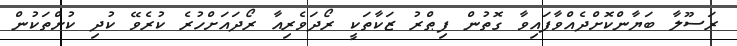
ރަސޫލާ ބަޔާންކޮށްދެއްވާފައިވާ ގޮތުން ފިޠްރު ޒަކާތަކީ ރޯދަވެރިއާ ރޯދައަށްހުރެ ކުރެވޭ ކުދި ކުށްތަކުން